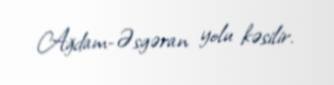
Ağdam-Əsgəran yolu kəsilir.